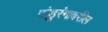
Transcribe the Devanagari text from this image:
पांडुरंगावरील